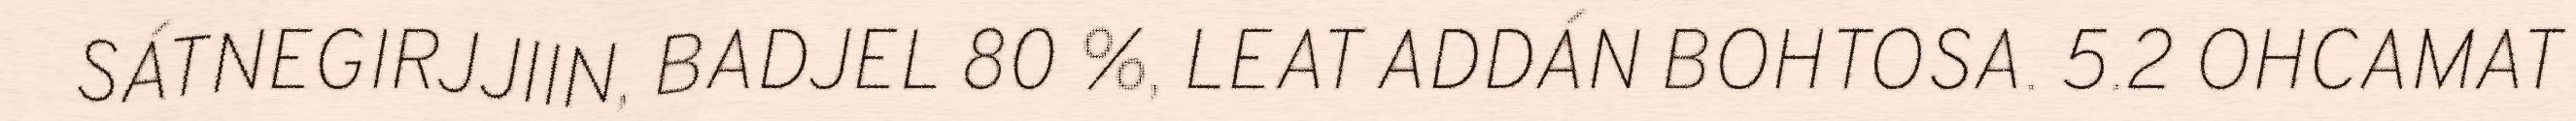
SÁTNEGIRJJIIN, BADJEL 80 %, LEAT ADDÁN BOHTOSA. 5.2 OHCAMAT